Vital statistics of India. Vol. V, Reports of 1876 on armies & jails and on epidemic cholera
Year: 1876
Disease focus: Cholera
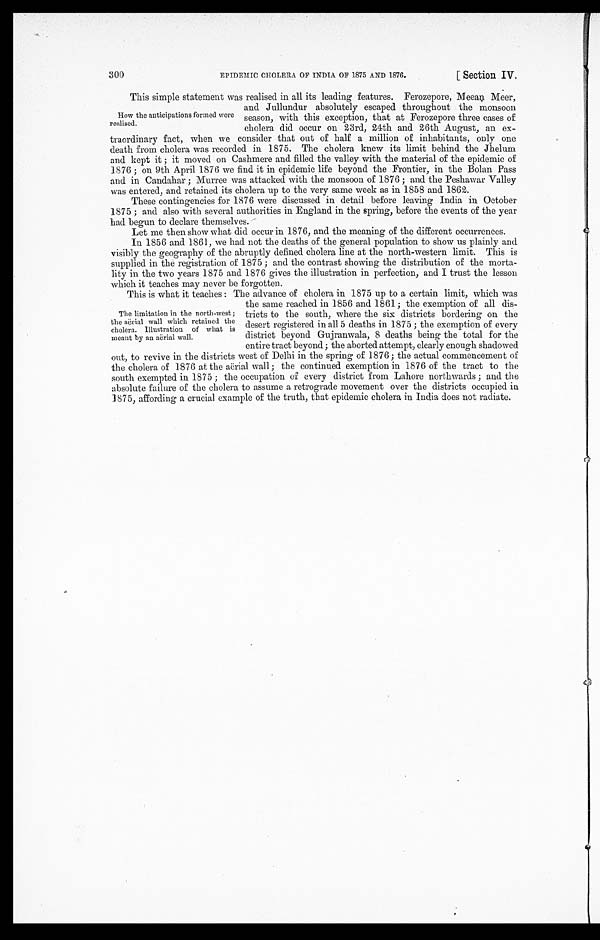
EPIDEMIC CHOLERA OF INDIA OF 1875 AND 1876.
[ Section IV.
300
This simple statement was realised in all its leading features. Ferozepore, Meean Meer,
and Jullundur absolutely escaped throughout the monsoon
season, with this exception, that at Ferozepore three cases of
cholera did occur on 23rd, 24th and 26th August, an ex--
traordinary fact, when we consider that out of half a million of inhabitants, only one
death from cholera was recorded in 1875. The cholera knew its limit behind the Jhelum
and kept it; it moved on Cashmere and filled the valley with the material of the epidemic of
1876; on 9th April 1876 we find it in epidemic life beyond the Frontier, in the Bolan Pass
and in Candahar; Murree was attacked with the monsoon of 1876; and the Peshawar Valley
was entered, and retained its cholera up to the very same week as in 1858 and 1862.
These contingencies for 1876 were discussed in detail before leaving India in October
1875; and also with several authorities in England in the spring, before the events of the year
had begun to declare themselves.
Let me then show what did occur in 1876, and the meaning of the different occurrences.
In 1856 and 1861, we had not the deaths of the general population to show us plainly and
visibly the geography of the abruptly defined cholera line at the north-western limit. This is
supplied in the registration of 1875; and the contrast showing the distribution of the morta--
lity in the two years 1875 and 1876 gives the illustration in perfection, and I trust the lesson
w h i c h i t t e a c h e s m a y n e v r b e f o r g o t t e n .
This is what it teaches: The advance of cholera in 1875 up to a certain limit, which was
the same reached in 1856 and 1861; the exemption of all dis-
tricts to the south, where the six districts bordering on the
desert registered in all 5 deaths in 1875; the exemption of every
district beyond Gujranwala, 8 deaths being the total for the
entire tract beyond; the aborted attempt, clearly enough shadowed
out, to revive in the districts west of Delhi in the spring of 1876; the actual commencement of
the cholera of 1876 at the aerial wall; the continued exemption in 1876 of the tract to the
south exempted in 1875; the occupation of every district from Lahore northwards; and the
absolute failure of the cholera to assume a retrograde movement over the districts occupied in
1875, affording a crucial example of the truth, that epidemic cholera in India does not radiate.
How the anticipations formed were
realised.
The limitation in the north-west;
the aerial wall which retained the
cholera. Illustration of what is
meant by an aerial wall.